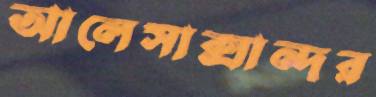
আলেসাক্সান্দর